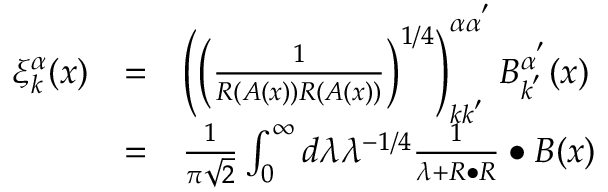
\begin{array} { c c l } { { \xi _ { k } ^ { \alpha } ( x ) } } & { { = } } & { { \left( \left( \frac 1 { R \left( A ( x ) \right) R \left( A ( x ) \right) } \right) ^ { 1 / 4 } \right) _ { k k ^ { ^ { \prime } } } ^ { \alpha \alpha ^ { ^ { \prime } } } B _ { k ^ { ^ { \prime } } } ^ { \alpha ^ { ^ { \prime } } } ( x ) } } \\ { { } } & { { = } } & { { \frac 1 { \pi \sqrt { 2 } } \int _ { 0 } ^ { \infty } d \lambda \lambda ^ { - 1 / 4 } \frac 1 { \lambda + R \bullet R } \bullet B ( x ) } } \end{array}